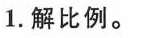
1.解比例。